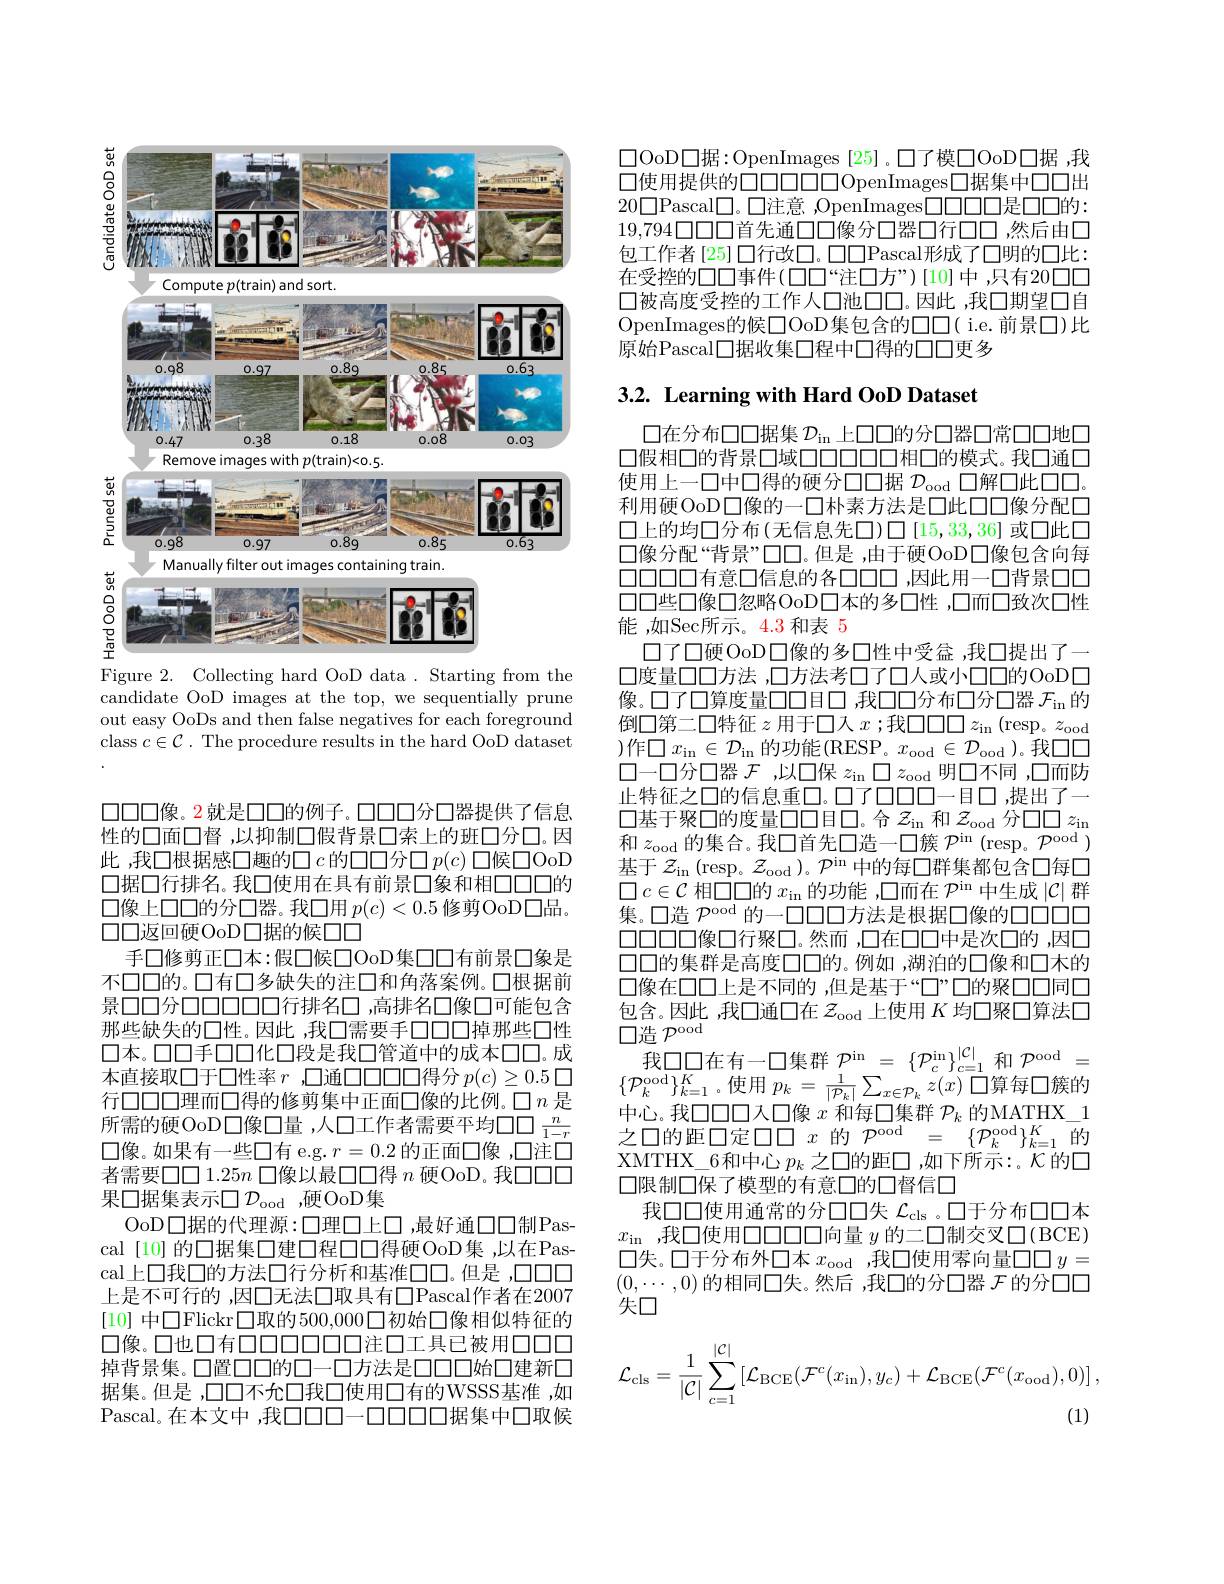
<FigureHere>

Figure 2. Collecting hard OoD data. Starting from the

candidate OoD images at the top, we sequentially prune out easy OoDs and then false negatives for each foreground class $c\in\mathcal{C}.$ The procedure results in the hard OoD dataset

口口口像。2就是口口的例子。口口口分口器提供了信息性的口面口督 ,以抑制口假背景口索上的班口分口。因此，我口根据感口趣的口$c$ 的口口分口$p(c)$ 口候口OoD 口据口行排名。我口使用在具有前景口象和相口口的$\square$像上口口的分口器。我口用 $p(c)<0.5$ 修剪OoD口品。口口返回硬OoD口据的候口口
手口修剪正口本：假口候口OoD集口口有前景口象是不口口的。口有口多缺失的注口和角落案例。口根据前景口口分口口口口口口行排名口 ,高排名口像口可能包含那些缺失的口性。因此 ,我口需要手口口口掉那些口性口本。口口手口口化口段是我口管道中的成本口口。成本直接取口于口性率$r$ ,口通口口口口得分$p(c)\geq0.5\square$ 行口口口理而口得的修剪集中正面口像的比例。口$n$是所需的硬OoD口像口量，人口工作者需要平均口口$\frac n{1-r}$ $\square$像。如果有一些口有 e.g.$r=0.2$ 的正面口像 ,口注口者需要$\square\square1.25n$ 口像以最口口得 $n$ 硬OoD。我$\square\square\square\square$ 果口据集表示$\square\mathcal{D}_\mathrm{ood}$ ,硬OoD集
OoD口据的代理源：口理□上口，最好通口口制Pascal [10] 的口据集口建口程口口得硬OoD集 ,以在Pascal上口我口的方法口行分析和基准$\square\square$。但是 ,口口口上是不可行的 ,因口无法口取具有口Pascal作者在2007 [10]中口Flickr□取的500，000口初始口像相似特征的口像。口也口有口口口口口口注口工具已被用口口口掉背景集。口置口口的口一口方法是口口口始口建新口据集。但是 ,口口不允口我口使用口有的WSSS基准 ,如Pascal。在本文中，我$\square\square\square\square-\square\square\square\square\square$据集中口取候

$\square$OoD$\square$据：OpenImages [25]。口了模口OoD$\square$据，我$\square$使用提供的$\square\square\square\square\square\square\square\square$OpenImages$\square$据集中口口出$20\square$Pascal$\square$。口注意，OpenImages$\square\square\square\square\square$是口口的： $19,794\square\square\square\square$首先通口口像分口器口行口口，然后由口包工作者 [25] 口行改口。口口Pascal形成了口明的口比： 在受控的口口事件(口口“注口方”)[10]中，只有20$\square\square\square.$ 口被高度受控的工作人口池口口。因此 ,我口期望口自OpenImages的候口OoD集包含的口口( i.e.前景口)比原始Pascal口据收集口程中口得的口口更多

# 3.2. Learning with Hard OoD Dataset

口在分布口口据集$\mathcal{D}_\mathrm{in}$上口口的分口器口常口口地口口假相口的背景口域口口口口口相口的模式。我口通口使用上一口中口得的硬分口口据$\mathcal{D}_\mathrm{ood}$口解口此口口。利用硬OoD口像的一口朴素方法是口此口口像分配口口上的均口分布(无信息先口)$\square[15,33,36]$或口此口$\square$像分配“背景”口口。但是 ,由于硬OoD口像包含向每口口口口口有意口信息的各口口口 ,因此用一口背景口口口口些口像口忽略OoD口本的多口性，口而口致次口性能，如Sec所示。4.3 和表 5
口了口硬OoD口像的多口性中受盒，我口提出了一口度量口口方法 ,口方法考口了口人或小口口的OoD口像。口了口算度量口口日口，我口口分布口分口器 $\mathcal{F}_\mathrm{in}$的倒口第二口特征$z$用于口人$x$ ;我$\square\square\square z_\mathrm{in}\left(\mathrm{resp。}z_\mathrm{ood}\right.$ )作$\square x_{\mathrm{in}}\in\mathcal{D}_{\mathrm{in}}$的功能(RESP。$x_\mathrm{ood}\in\mathcal{D}_\mathrm{ood}$)。我$\square\square$ 口一口分口器$\mathcal{F}$ ,以口保$z_\mathrm{in}\square z_\mathrm{ood}$明口不同 ,口而防止特征之口的信息重$\square。\square7\square\square\square$一目口，提出了一口基于聚口的度量口口目口。合$z_\mathrm{in}$和$z_\mathrm{ood}$分口口$z_\mathrm{in}$ 和$z_\mathrm{ood}$的集合。我口首先口造一口簇$\mathcal{P}^\mathrm{in}(\operatorname{resp。}\mathcal{P}^\mathrm{ood})$ 基于$\mathcal{Z}_\mathrm{in}\left(\operatorname{resp}_\mathrm{。}\mathcal{Z}_\mathrm{ood}\right)。\mathcal{P}^\mathrm{in}$中的每口群集都包含口每口$\square c\in\mathcal{C}$相口口的$x_\mathrm{in}$的功能 ,口而在$\mathcal{P}^\mathrm{in}$中生成$|\mathcal{C}|$群集。口造$\mathcal{P}^\mathrm{ood}$的一口口口方法是根据口像的口口口口口口口口口口像口行聚口。然而，口在口口中是次口的 ,因口口口的集群是高度口口的。例如 ,湖泊的口像和口木的口像在口口上是不同的 ,但是基于“口”口的聚口口同口包含。因此 ,我口通口在$z_\mathrm{ood}$上使用$K$均口聚口算法口$\square$造 $\mathcal{P}^\mathrm{ood}$
我口口在有一口集群$\mathcal{P}^\mathrm{in}=\{\mathcal{P}_c^\mathrm{in}\}_{c=1}^{|\mathcal{C}|}$和$\mathcal{P}^\mathrm{ood}=$ $\{\mathcal{P}_k^{\mathrm{ood}}\}_{k=1}^K$。使用$p_k=\frac1{|\mathcal{P}_k|}\sum_{x\in\mathcal{P}_k}z(x)$ 口算每口簇的中心。我口口口入口像 $x$ 和每$\square$集群 $\mathcal{P}_k$ 的MATHX\_1之口的距口定口口$x$的$\mathcal{P}^\mathrm{ood}=\{\mathcal{P}_k^\mathrm{ood}\}_{k=1}^K$的XMTHX\_6和中心$p_k$ 之口的距口 ,如下所示：。$\mathcal{K}$的口口限制口保了模型的有意口的口督信口
我口口使用通常的分口口失$\mathcal{L}_\mathrm{cls}$ 。口于分布口口本$x_\mathrm{in}$ ,我口使用口口口口向量$y$的二口制交叉口(BCE) $\square$失。口于分布外口本 $x_\mathrm{ood}$ ,我口使用零向量口口 $y=$ $(0,\cdots,0)$的相同口失。然后 ,我口的分口器$\mathcal{F}$的分$\square\square\square$ 失口
$$\mathcal{L}_{\mathrm{cls}}=\frac{1}{|\mathcal{C}|}\sum_{c=1}^{|\mathcal{C}|}\left[\mathcal{L}_{\mathrm{BCE}}(\mathcal{F}^{c}(x_{\mathrm{in}}),y_{c})+\mathcal{L}_{\mathrm{BCE}}(\mathcal{F}^{c}(x_{\mathrm{ood}}),0)\right],$$